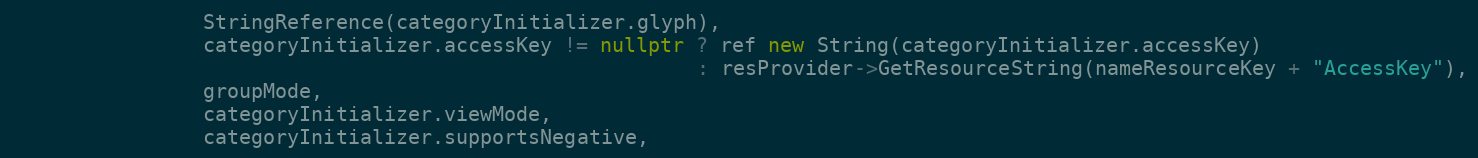
Language: C++
                StringReference(categoryInitializer.glyph),
                categoryInitializer.accessKey != nullptr ? ref new String(categoryInitializer.accessKey)
                                                         : resProvider->GetResourceString(nameResourceKey + "AccessKey"),
                groupMode,
                categoryInitializer.viewMode,
                categoryInitializer.supportsNegative,